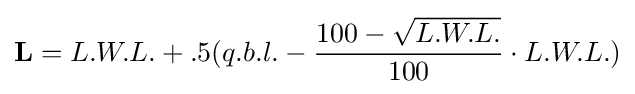
{\textbf {L}}=L.W.L.+.5(q.b.l.-{\frac {100-{\sqrt {L.W.L.}}}{100}}\cdot L.W.L.)